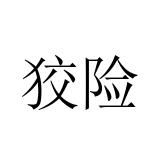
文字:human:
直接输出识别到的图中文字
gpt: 狡险